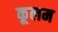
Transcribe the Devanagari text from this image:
कूलम